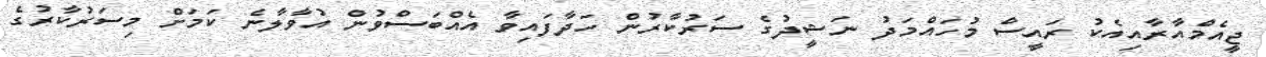
ޖީއެމްއާރާއިއެކު ރައީސް މުހައްމަދު ނަޝީދުގެ ސަރުކާރުން ހަދާފައިވާ އެއްބަސްވުން އުވާލާނެ ކަމަށް މިސަރުކާރުގެ